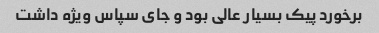
برخورد پیک بسیار عالی بود و جای سپاس ویژه داشت